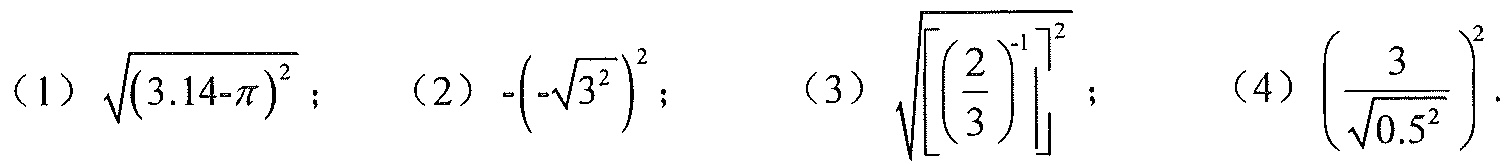
（1）\(\sqrt{(3.14 - \pi)^{2}}\)； （2）\(-(-\sqrt{3^{2}})^{2}\)； （3）\(\sqrt{\left[\left(\dfrac{2}{3}\right)^{-1}\right]^{2}}\)； （4）\(\left(\dfrac{3}{\sqrt{0.5^{2}}}\right)^{2}\).